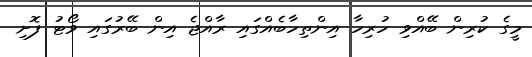
މީގެ ކުރިން ބޭއްވި ހުރިހާ އިންތިހާބެއްގައި ރާއްޖެ އިން ބޭރުގައި ވޯޓު ފޮށި